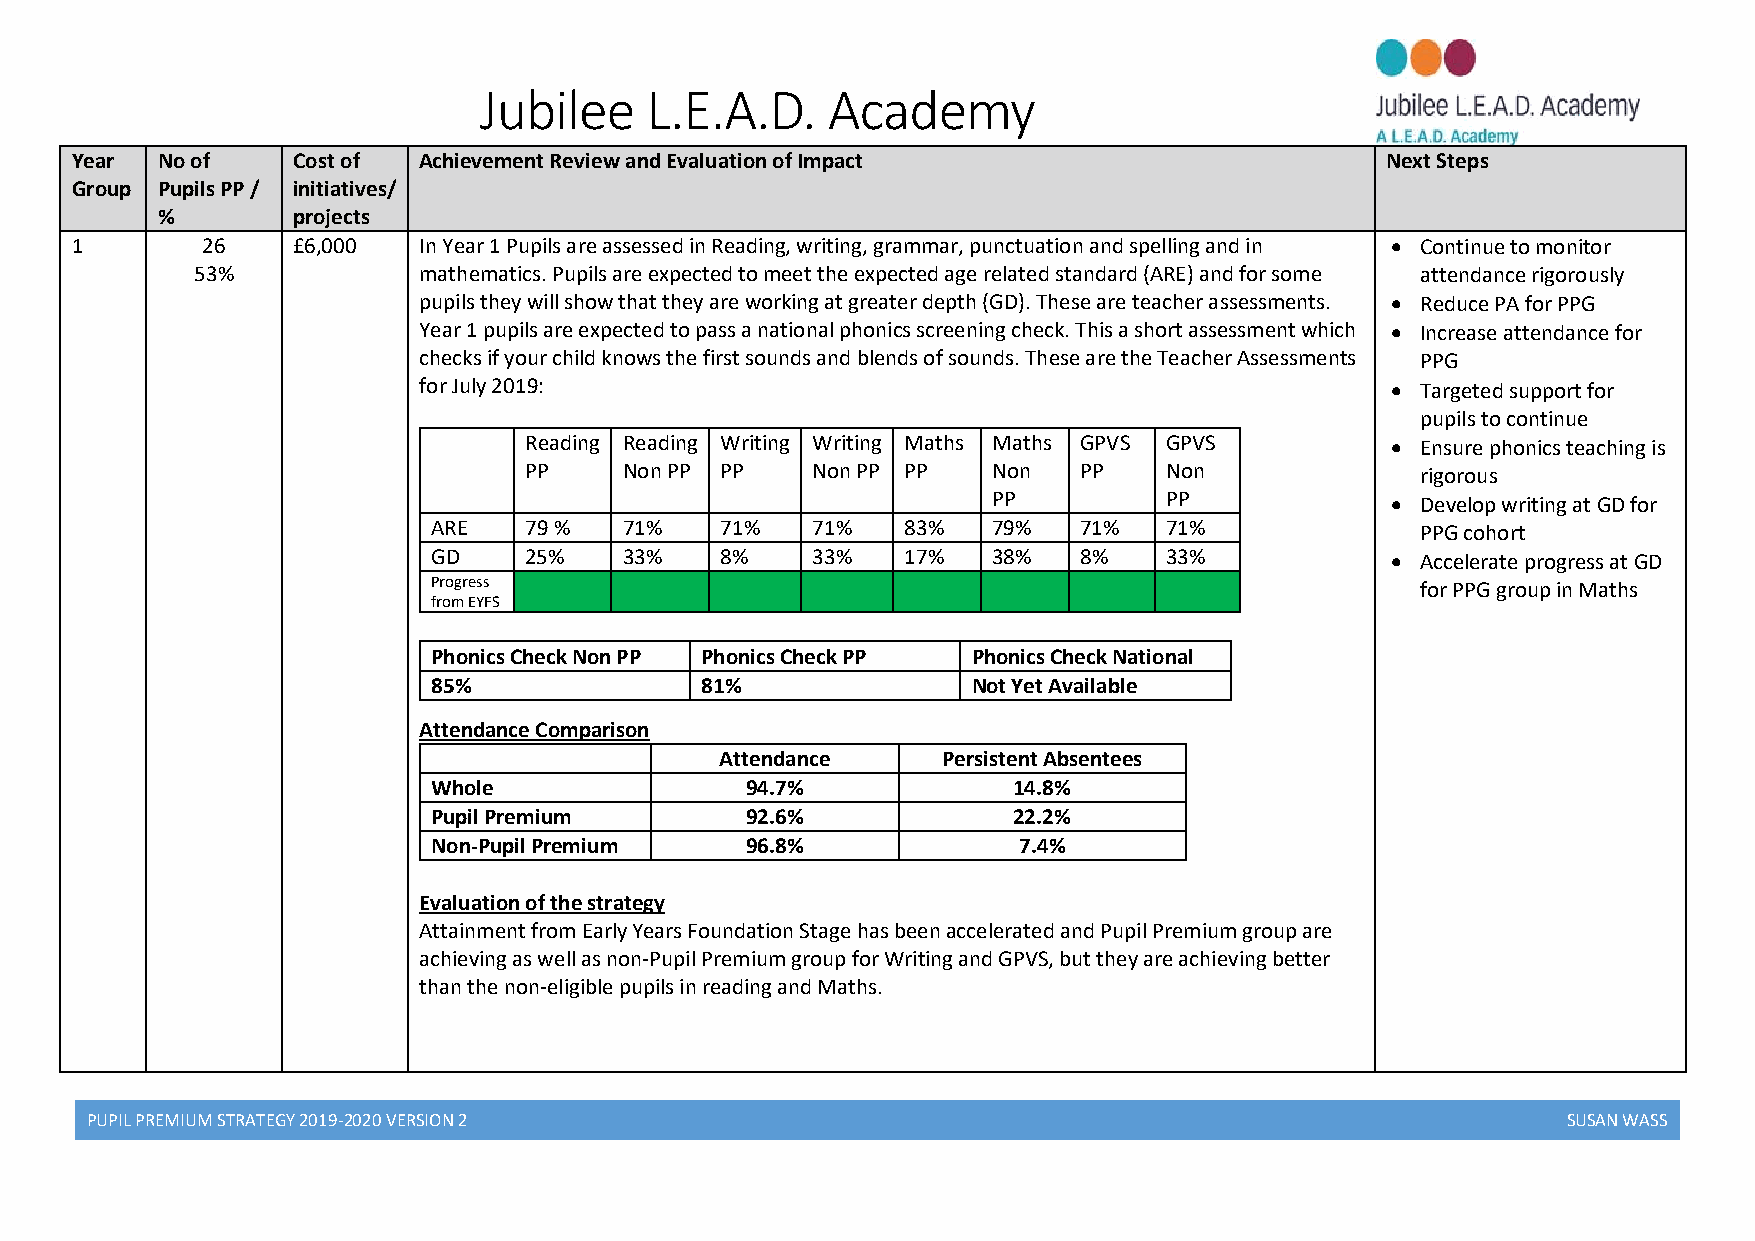
Jubilee    L.E.A.D.    Academy
 Year No of    Cost of  Achievement Review and Evaluation of Impact                     Next Steps
 Group Pupils PP / initiatives/
 %        projects
 1       26    £6,000   In Year 1 Pupils are assessed in Reading, writing, grammar, punctuation and spelling and in  Continue to monitor
 53%            mathematics. Pupils are expected to meet the expected age related standard (ARE) and for some attendance rigorously
 pupils they will show that they are working at greater depth (GD). These are teacher assessments.  Reduce PA for PPG
 Year 1 pupils are expected to pass a national phonics screening check. This a short assessment which  Increase attendance for
 checks if your child knows the first sounds and blends of sounds. These are the Teacher Assessments PPG
 for July 2019:                                                   Targeted support for
 pupils to continue
 Reading Reading Writing Writing Maths Maths GPVS GPVS     Ensure phonics teaching is
 PP    Non PP PP    Non PP PP   Non  PP    Non              rigorous
 PP         PP              Develop writing at GD for
 ARE   79 %  71%    71%   71%   83%   79%  71%   71%              PPG cohort
 GD    25%   33%    8%    33%   17%   38%  8%    33%             Accelerate progress at GD
 Progress                                                         for PPG group in Maths
 from EYFS
 Phonics Check Non PP Phonics Check PP Phonics Check National
 85%              81%               Not Yet Available
 Attendance Comparison
 Attendance    Persistent Absentees
 Whole               94.7%             14.8%
 Pupil Premium       92.6%             22.2%
 Non-Pupil Premium   96.8%             7.4%
 Evaluation of the strategy
 Attainment from Early Years Foundation Stage has been accelerated and Pupil Premium group are
 achieving as well as non-Pupil Premium group for Writing and GPVS, but they are achieving better
 than the non-eligible pupils in reading and Maths.
 PUPIL PREMIUM STRATEGY 2019-2020 VERSION 2                                                        SUSAN WASS